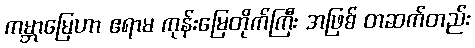
ကမ္ဘာမြေဟာ ဧရာမ ကုန်းမြေတိုက်ကြီး အဖြစ် တဆက်တည်း